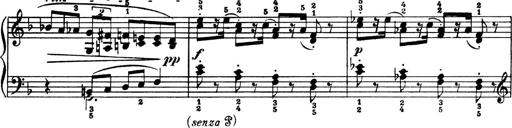
Title: 4 Sonatines
Composer: Max Reger